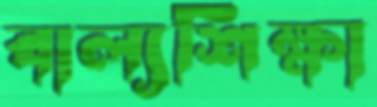
বাল্যশিক্ষা